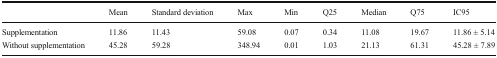
<table><thead><tr><td></td><td><b>Mean</b></td><td><b>Standard deviation</b></td><td><b>Max</b></td><td><b>Min</b></td><td><b>Q25</b></td><td><b>Median</b></td><td><b>Q75</b></td><td><b>IC95</b></td></tr></thead><tbody><tr><td>Supplementation</td><td>11.86</td><td>11.43</td><td>59.08</td><td>0.07</td><td>0.34</td><td>11.08</td><td>19.67</td><td>11.86 ± 5.14</td></tr><tr><td>Without supplementation</td><td>45.28</td><td>59.28</td><td>348.94</td><td>0.01</td><td>1.03</td><td>21.13</td><td>61.31</td><td>45.28 ± 7.89</td></tr></tbody></table>